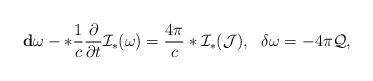
\begin{align*}{\bf d}\omega-*\frac {1}{c} \frac {\partial }{\partial t}{\cal I}_*(\omega)=\frac {4\pi}{c}*{\cal I}_*({\cal J}),\ \ \delta \omega =-4\pi {\cal Q},\end{align*}